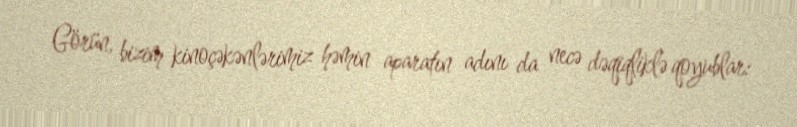
Görün, bizim kinoçəkənlərimiz həmin aparatın adını da necə dəqiqliklə qoyublar: